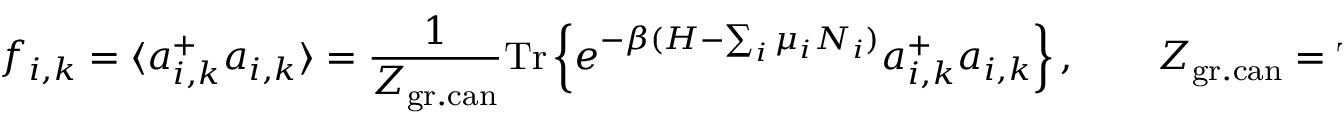
f _ { i , k } = \langle a _ { i , k } ^ { + } a _ { i , k } \rangle = \frac { 1 } { Z _ { \mathrm { g r . c a n } } } \mathrm { T r } \left\{ e ^ { - \beta ( H - \sum _ { i } \mu _ { i } N _ { i } ) } a _ { i , k } ^ { + } a _ { i , k } \right\} , \qquad Z _ { \mathrm { g r . c a n } } = \mathrm { T r } e ^ { - \beta ( H - \sum _ { i } \mu _ { i } N _ { i } ) }